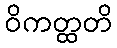
ဝိကတ္ထတိ